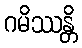
ဂမိဿန္တိ